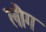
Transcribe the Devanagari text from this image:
लौग